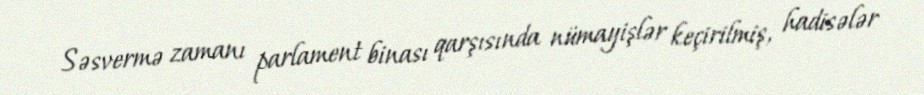
Səsvermə zamanı parlament binası qarşısında nümayişlər keçirilmiş, hadisələr